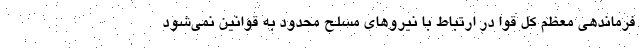
فرماندهی معظم کل قوا در ارتباط با نیروهای مسلح محدود به قوانین نمی‌شود